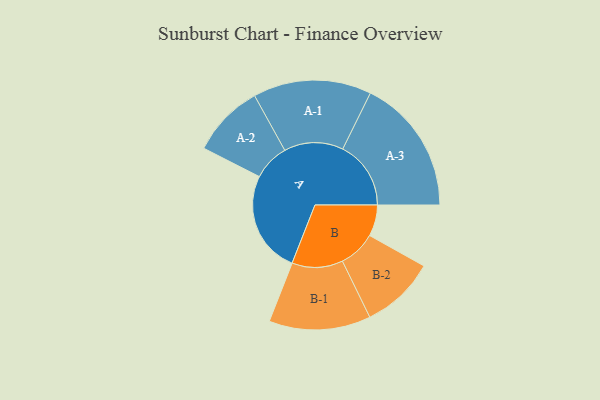
{"axis": {"x": "Segment", "y": "Value"}, "legend": ["", "A", "B"], "data": [{"x": "A", "y": 396, "type": ""}, {"x": "B", "y": 121, "type": ""}, {"x": "A-1", "y": 229, "type": "A"}, {"x": "A-2", "y": 141, "type": "A"}, {"x": "A-3", "y": 264, "type": "A"}, {"x": "B-1", "y": 197, "type": "B"}, {"x": "B-2", "y": 144, "type": "B"}]}